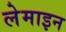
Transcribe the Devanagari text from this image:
लेमाइन